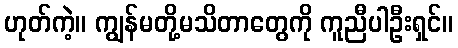
ဟုတ်ကဲ့။ ကျွန်မတို့မသိတာတွေကို ကူညီပါဦးရှင်။